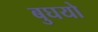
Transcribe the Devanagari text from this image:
बुघयो